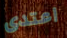
اعتدى